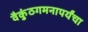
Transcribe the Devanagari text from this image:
वैकुंठगमनापर्यंचा